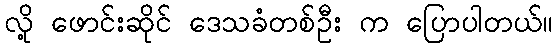
လို့ ဖောင်းဆိုင် ဒေသခံတစ်ဦး က ပြောပါတယ်။